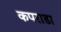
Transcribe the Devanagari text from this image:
कपराडा